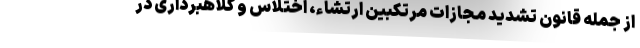
از جمله قانون تشدید مجازات مرتکبین ارتشاء، اختلاس و کلاهبرداری در